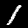
Digit: 1